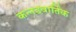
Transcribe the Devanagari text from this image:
कन्नडवार्तिक